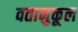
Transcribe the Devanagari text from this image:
वतानुकूल